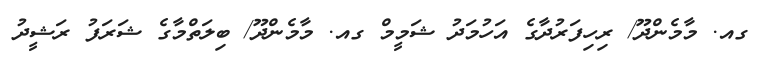
ގއ. މާމެންދޫ/ ރިހިފަރުދާގެ އަހުމަދު ޝަމީމް ގއ. މާމެންދޫ/ ބިލަތްމާގެ ޝަރަފު ރަޝީދު